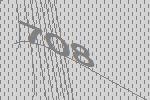
708